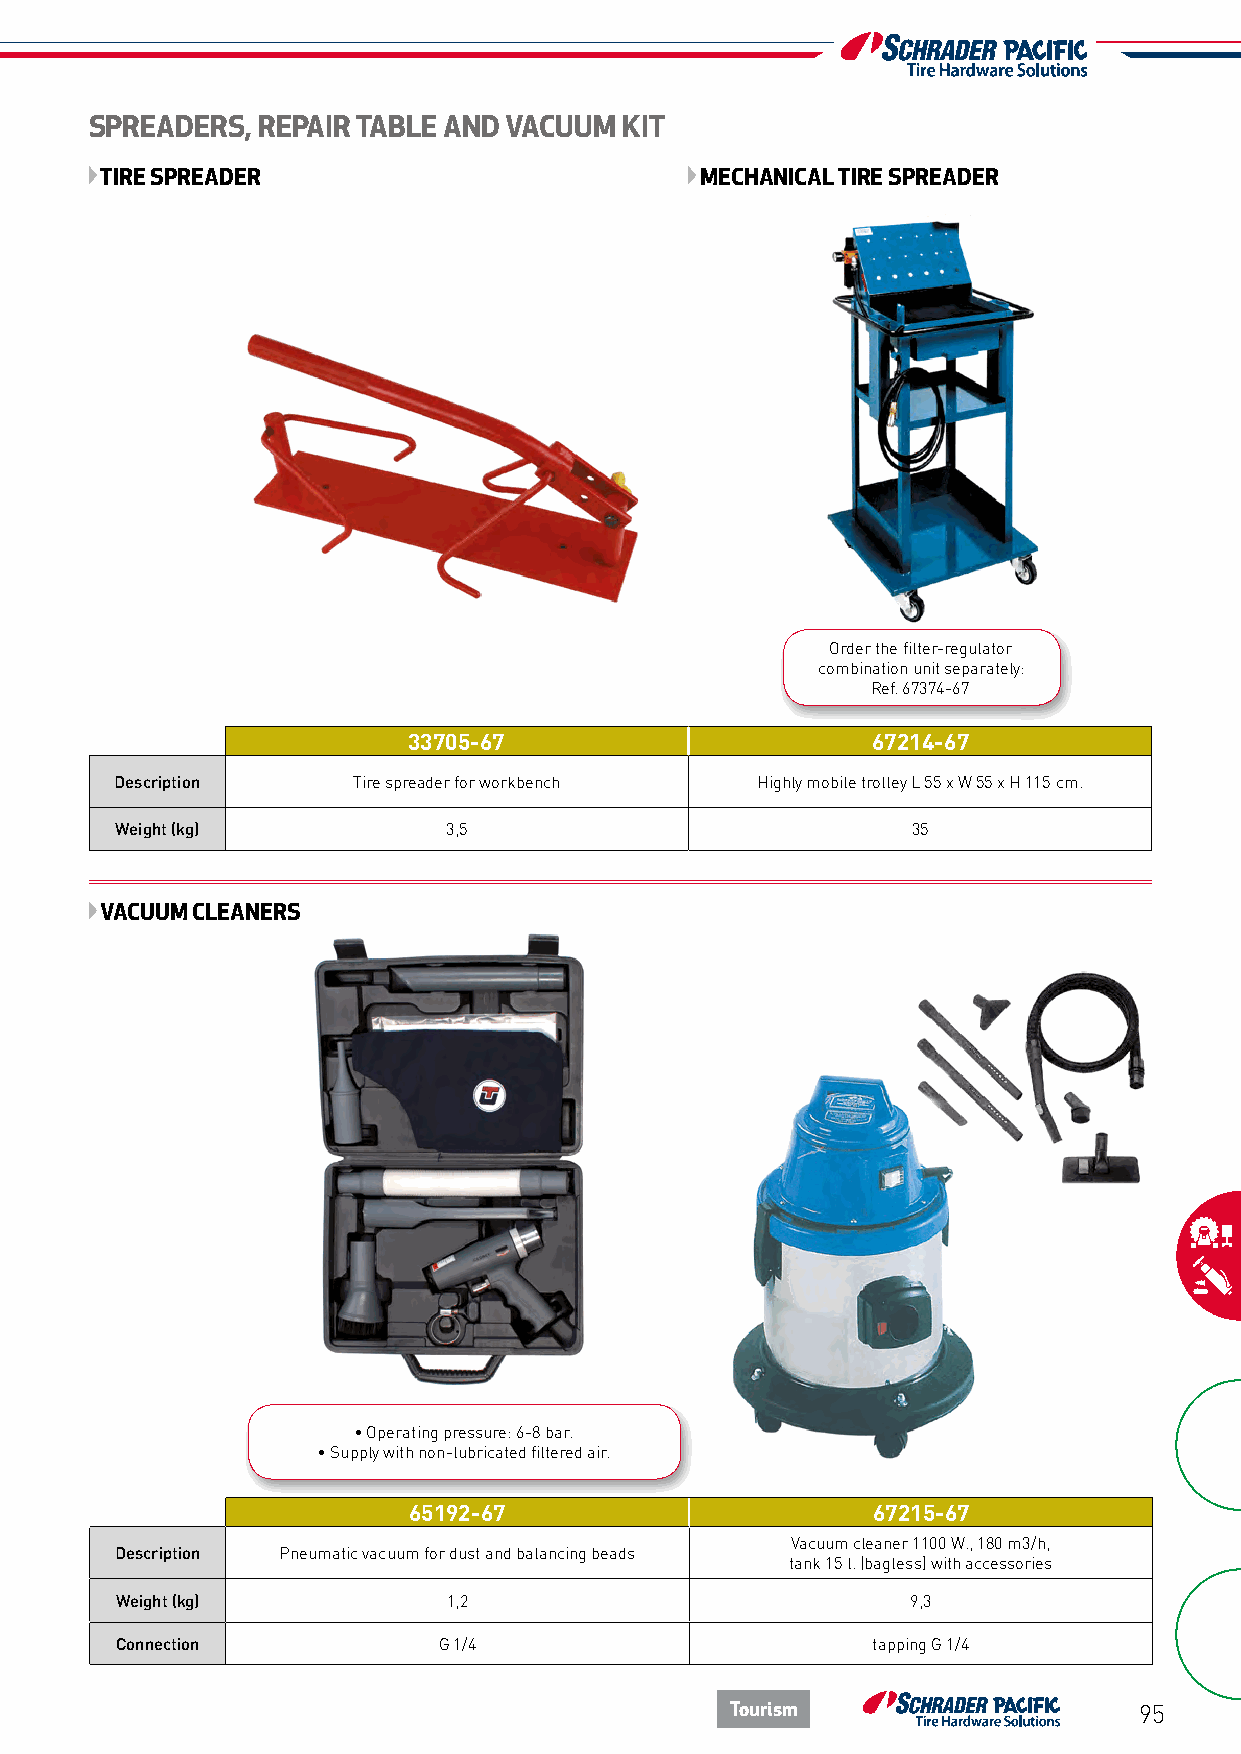
SPREADERS, REPAIR TABLE AND VACUUM KIT
 TIRE SPREADER                          MECHANICAL TIRE SPREADER
 Order the filter-regulator
 combination unit separately:
 Ref. 67374-67
 33705-67                       67214-67
 Description    Tire spreader for workbench Highly mobile trolley L 55 x W 55 x H 115 cm.
 Weight (kg)           3,5                           35
 VACUUM CLEANERS
 • Operating pressure: 6-8 bar.
 • Supply with non-lubricated filtered air.
 65192-67                       67215-67
 Vacuum cleaner 1100 W., 180 m3/h,
 Description Pneumatic vacuum for dust and balancing beads
 tank 15 l. (bagless) with accessories
 Weight (kg)           1,2                           9,3
 Connection           G 1/4                        tapping G 1/4
 Tourism                    95